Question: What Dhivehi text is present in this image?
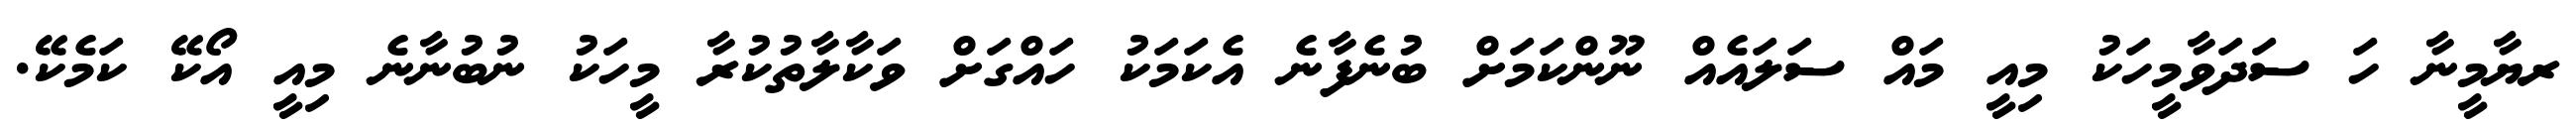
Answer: ރޔާމީނާ ހަ ސަދަވާމީހަކު މިއީ މައް ސަލައެއް ނޫންކަމަށް ބުނެފާނެ އެކަމަކު ހައްގަށް ވަކާލާތުކުރާ މީހަކު ނުބުނާނެ މިއީ އޯކޭ ކަމެކޭ.